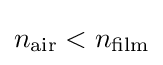
n_{\rm {air}}<n_{\rm {film}}